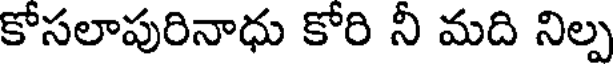
కోసలాపురినాధు కోరి నీ మది నిల్ప